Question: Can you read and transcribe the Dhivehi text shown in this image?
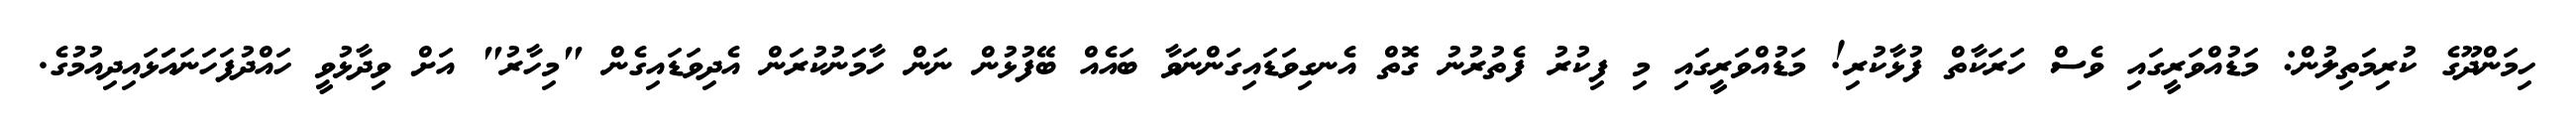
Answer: ހިމަންދޫގެ ކުރިމަތިލުން: މަޑުއްވަރީގައި ވެސް ހަރަކާތް ފުޅާކުރި! މަޑުއްވަރީގައި މި ފިކުރު ފެތުރުނު ގޮތް އެނގިވަޑައިގަންނަވާ ބައެއް ބޭފުޅުން ނަން ހާމަނުކުރަން އެދިވަޑައިގެން "މިހާރު" އަށް ވިދާޅުވީ ހައްދުފަހަނައަަޅައިދިއުމުގެ.